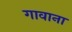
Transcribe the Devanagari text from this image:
गावाना